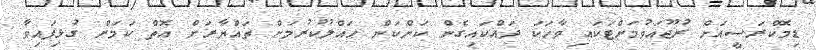
ޑިމޮކްރަސީއަށް ރުޖޫއަވުމަށްޓަކައި ވާހަކަ ދައްކައިގެން ކަންކަން ޙައްލުކުރުމަށް ތައްޔާރަށް އޮތް ކަމަށް ގުޅިފައިވާ